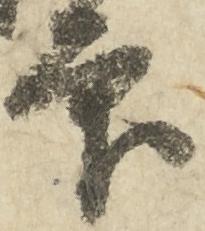
印